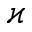
\varkappa